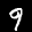
Label: 9